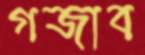
গজাব